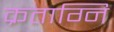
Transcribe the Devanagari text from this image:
क्रताग्नि